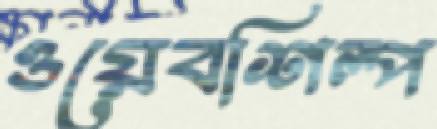
ওয়েবশিল্প